Vaccination in Bombay 1889-1901 - 1889-1901
Year: 1889
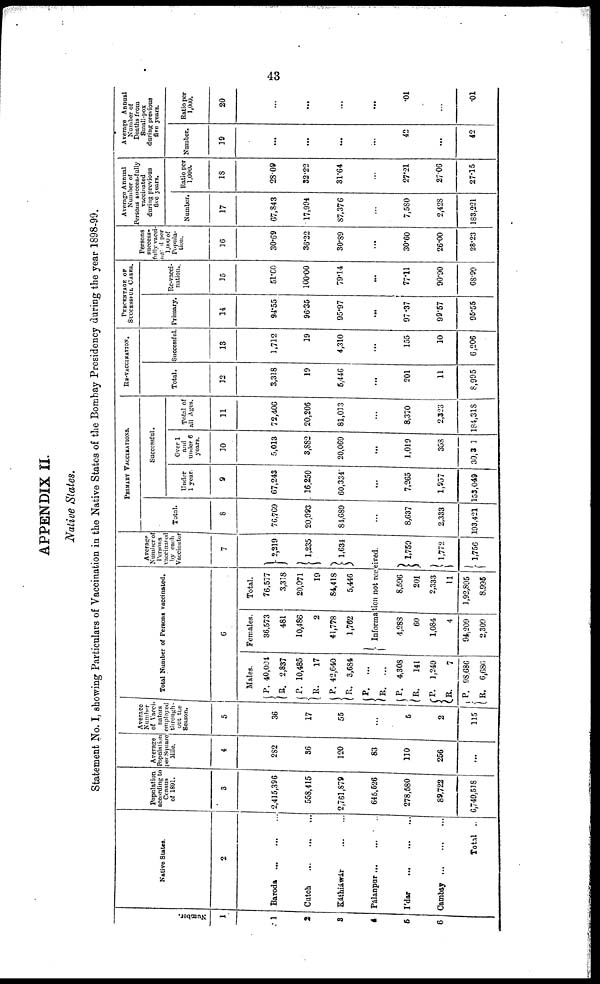
43
APPENDIX II.
Native States.
Statement No. I, showing Particulars of Vaccination in the Native States of the Bombay Presidency during the year 1898-99.
Number.
1
1
2
3
4
5
6
Native States.
2
Baroda ... ... ...
Cutch
...
...
...
Káthiáwár
...
...
Pálanpur ... ... ...
I'dar
...
...
...
Cambay
...
...
...
Total ..
Population
according to
Census
of 1891.
3
2,415,396
558,415
2,761,879
645,526
278,580
89,722
6,749,518
Average
Population
per Square
Mile.
4
282
36
120
83
110
256
...
Average
Number
of Vacci-
nators
employed
through-
out the
Season.
5
36
17
55
...
5
2
115
Total Number of Persons vaccinated.
6
Males.
P.
R.
P.
R.
P.
R.
R.
R.
P.
R.
P.
R.
P.
R.
40,004
2,837
10,485
17
42,640
3,684
...
...
4,308
141
1,249
7
98,686
6,686
Females.
36,573
481
10,486
2
41,778
1,762
Total.
76,577
3,318
20,971
19
84,418
5,446
Average
Number of
Persons
vaccinated
by each
Vaccinator
7
2,219
1,235
1,634
Information not received.
4,288
60
1,084
4
94,209
2,309
8,596
201
2,333
11
1,92,895
8,995
1,759
1,772
1,756
PRIMARY VACCINATIONS.
Total.
8
76,769
20,993
84,689
...
8,637
2,333
193,421
Successful.
Under
1 year.
9
67,243
16,250
60,334
...
7,265
1,957
153,049
Over 1
and
under 6
years.
10
5,013
3,882
20,069
...
1,019
358
30,301
Total of
all Ages
11
72,406
20,206
81,013
...
8,370
2,323
184,318
RE-VACCINATION.
Total.
12
3,318
19
5,446
...
201
11
8,995
Successful.
13
1,712
19
4,310
...
155
10
6,206
PERCENTAGE OF
SUCCESSFUL CASES.
Primary.
14
94.55
96.35
95.97
...
97.37
99.57
96.55
Re-vacci-
nation..
15
51.60
100.00
79.14
...
77.11
90.90
68.99
Persons
success-
fully vacci-
nated per
1,000 of
Popula-
tion.
16
30.69
36.22
30.89
...
30.60
26.00
28.23
Average Annual
Number of
Persons successfully
vaccinated
during previous
five years.
Number.
17
67,843
17,994
87,376
...
7,580
2,428
183,221
Ratio per
1,000.
18
28.09
32.22
31.64
...
27.21
27.06
27.15
Average Annual
Number of
Deaths from
Small-pox
during previous
five years.
Number.
19
...
...
...
...
42
...
42
Ratio per
1,000.
20
...
...
...
...
.01
...
.01